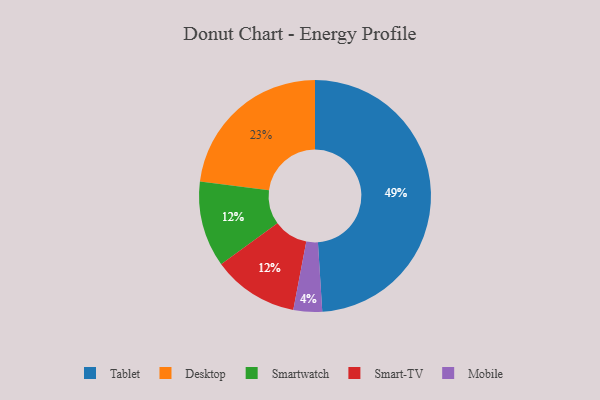
{"axis": {"x": "Category", "y": "Percentage"}, "legend": ["Desktop", "Mobile", "Smart-TV", "Smartwatch", "Tablet"], "data": [{"x": "Smartwatch", "y": 12, "type": "Smartwatch"}, {"x": "Desktop", "y": 23, "type": "Desktop"}, {"x": "Mobile", "y": 4, "type": "Mobile"}, {"x": "Smart-TV", "y": 12, "type": "Smart-TV"}, {"x": "Tablet", "y": 49, "type": "Tablet"}]}